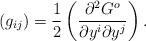
LaTeX: \begin{align*}\left(g_{ij}\right) = \frac12\left(\frac{\partial^2 G^o}{\partial y^i \partial y^j}\right).\end{align*}